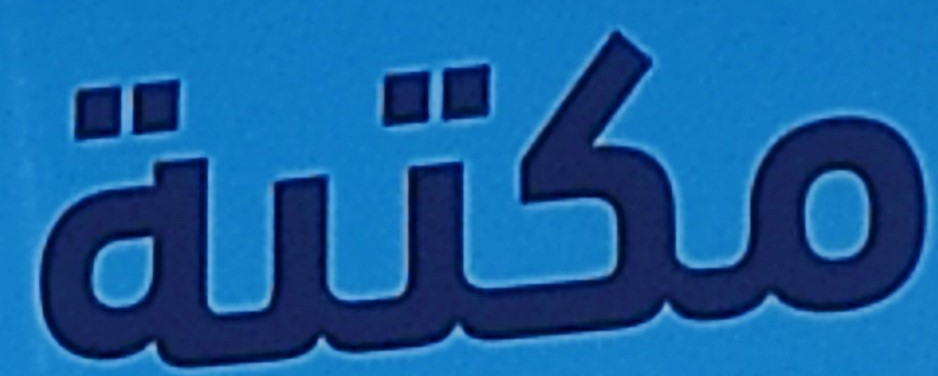
مكتبة